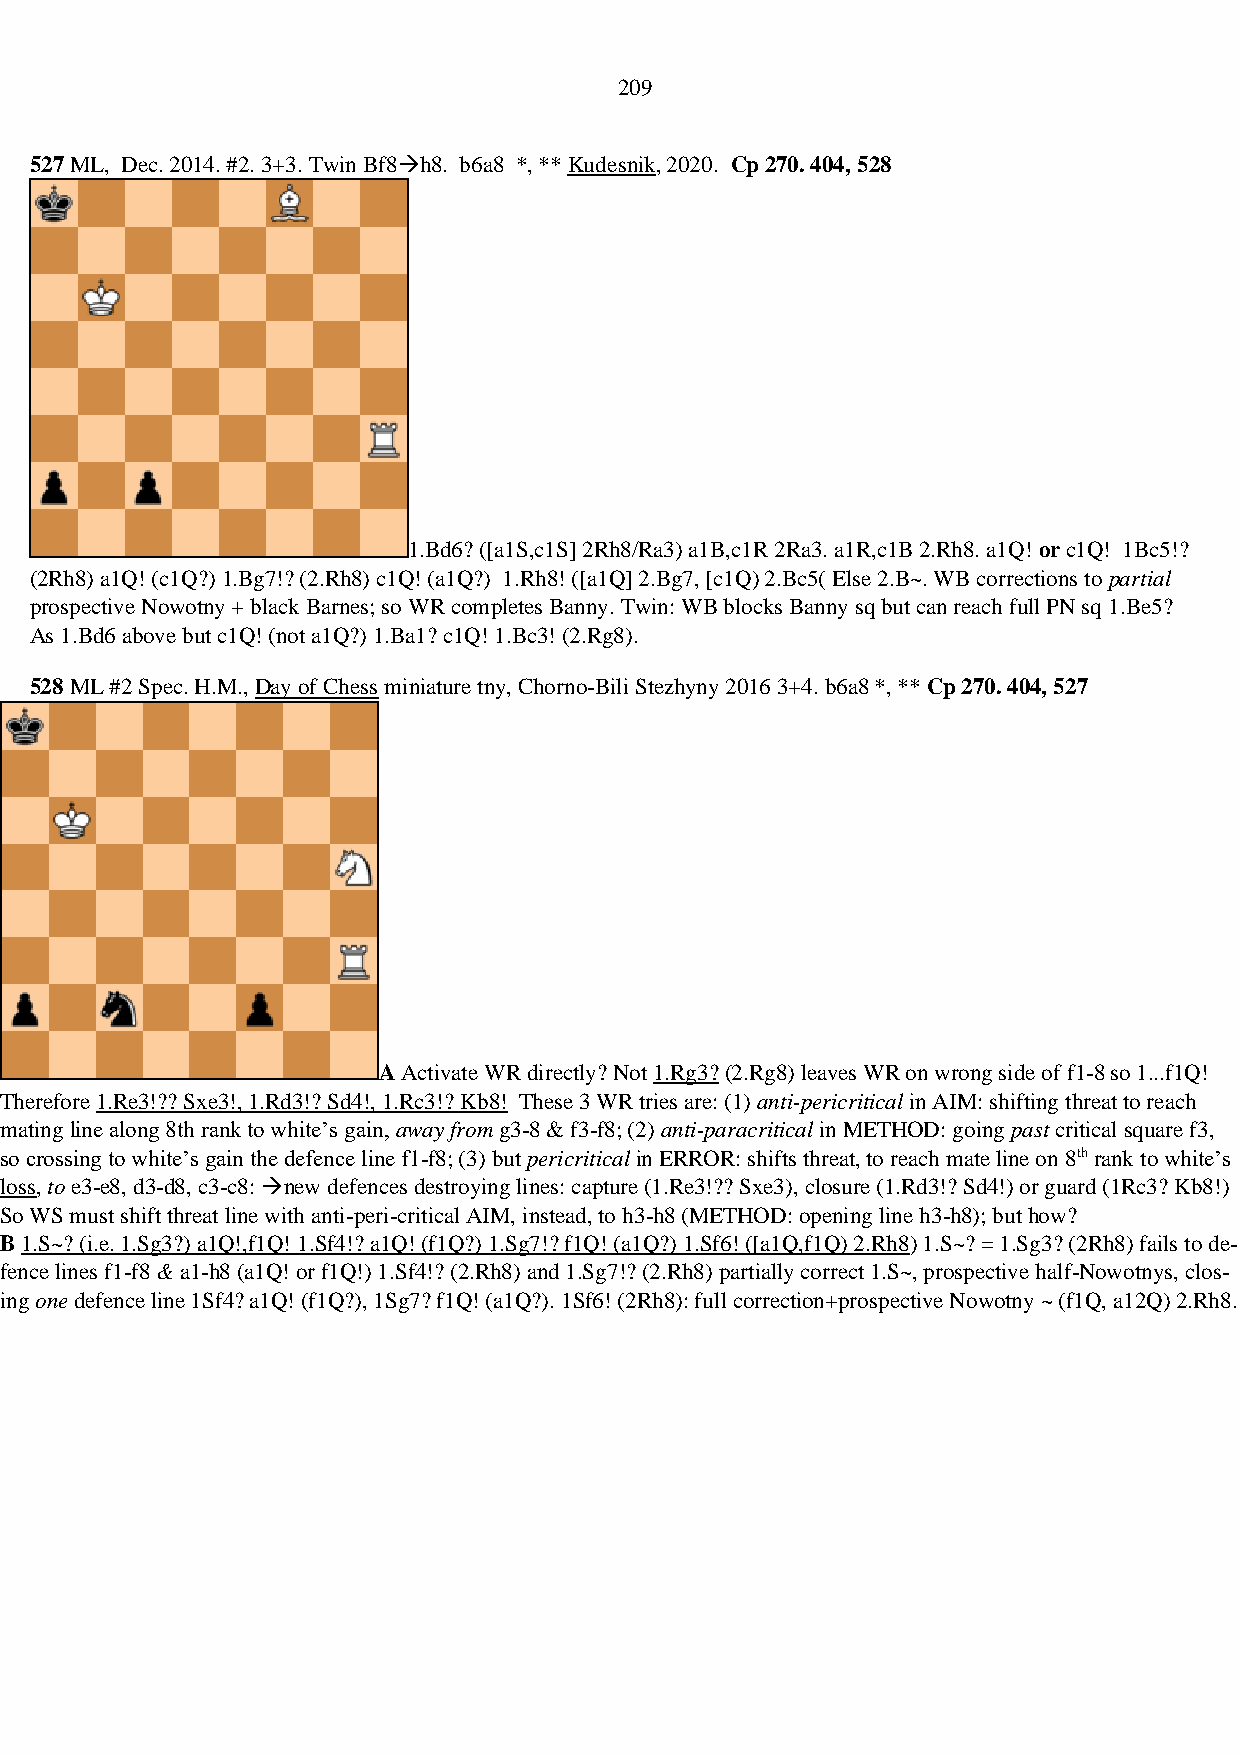
209
 527 ML, Dec. 2014. #2. 3+3. Twin Bf8→h8. b6a8 *, ** Kudesnik, 2020. Cp 270. 404, 528
 1.Bd6? ([a1S,c1S] 2Rh8/Ra3) a1B,c1R 2Ra3. a1R,c1B 2.Rh8. a1Q! or c1Q! 1Bc5!?
 (2Rh8) a1Q! (c1Q?) 1.Bg7!? (2.Rh8) c1Q! (a1Q?) 1.Rh8! ([a1Q] 2.Bg7, [c1Q) 2.Bc5( Else 2.B~. WB corrections to partial
 prospective Nowotny + black Barnes; so WR completes Banny. Twin: WB blocks Banny sq but can reach full PN sq 1.Be5?
 As 1.Bd6 above but c1Q! (not a1Q?) 1.Ba1? c1Q! 1.Bc3! (2.Rg8).
 528 ML #2 Spec. H.M., Day of Chess miniature tny, Chorno-Bili Stezhyny 2016 3+4. b6a8 *, ** Cp 270. 404, 527
 A Activate WR directly? Not 1.Rg3? (2.Rg8) leaves WR on wrong side of f1-8 so 1...f1Q!
 Therefore 1.Re3!?? Sxe3!, 1.Rd3!? Sd4!, 1.Rc3!? Kb8! These 3 WR tries are: (1) anti-pericritical in AIM: shifting threat to reach
 mating line along 8th rank to white’s gain, away from g3-8 & f3-f8; (2) anti-paracritical in METHOD: going past critical square f3,
 so crossing to white’s gain the defence line f1-f8; (3) but pericritical in ERROR: shifts threat, to reach mate line on 8th rank to white’s
 loss, to e3-e8, d3-d8, c3-c8: →new defences destroying lines: capture (1.Re3!?? Sxe3), closure (1.Rd3!? Sd4!) or guard (1Rc3? Kb8!)
 So WS must shift threat line with anti-peri-critical AIM, instead, to h3-h8 (METHOD: opening line h3-h8); but how?
 B 1.S~? (i.e. 1.Sg3?) a1Q!,f1Q! 1.Sf4!? a1Q! (f1Q?) 1.Sg7!? f1Q! (a1Q?) 1.Sf6! ([a1Q,f1Q) 2.Rh8) 1.S~? = 1.Sg3? (2Rh8) fails to de-
 fence lines f1-f8 & a1-h8 (a1Q! or f1Q!) 1.Sf4!? (2.Rh8) and 1.Sg7!? (2.Rh8) partially correct 1.S~, prospective half-Nowotnys, clos-
 ing one defence line 1Sf4? a1Q! (f1Q?), 1Sg7? f1Q! (a1Q?). 1Sf6! (2Rh8): full correction+prospective Nowotny ~ (f1Q, a12Q) 2.Rh8.